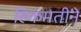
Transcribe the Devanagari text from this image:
हिकमतीने